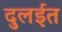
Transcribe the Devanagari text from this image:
दुलईत